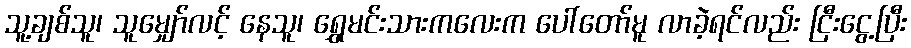
သူ့ချစ်သူ၊ သူမျှော်လင့် နေသူ၊ ရွှေမင်းသားကလေးက ပေါ်တော်မူ လာခဲ့ရင်လည်း ငြီးငွေ့ပြီး